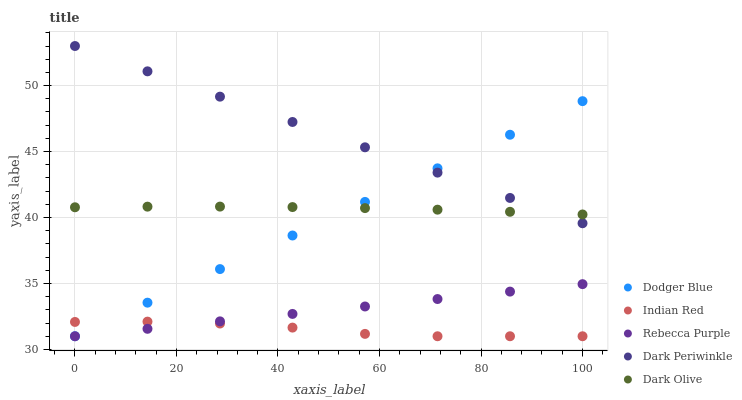
| xaxis_label | Dodger Blue | Indian Red | Rebecca Purple | Dark Periwinkle | Dark Olive |
 | --- | --- | --- | --- | --- | --- |
 | 0 | 31 | 32.1 | 31 | 53 | 40.8 |
 | 14.3 | 33.5 | 32.1 | 31.6 | 51.1 | 40.8 |
 | 28.6 | 36.1 | 32 | 32.1 | 49.2 | 40.8 |
 | 42.9 | 38.6 | 31.7 | 32.7 | 47.2 | 40.8 |
 | 57.1 | 41.2 | 31.2 | 33.3 | 45.3 | 40.7 |
 | 71.4 | 43.7 | 31 | 33.8 | 43.4 | 40.6 |
 | 85.7 | 46.3 | 31 | 34.4 | 41.5 | 40.4 |
 | 100 | 48.8 | 31 | 34.9 | 39.6 | 40.2 |